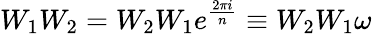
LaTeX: W_{1}W_{2}=W_{2}W_{1}e^{\frac{2\pi i}{n}}\equiv W_{2}W_{1}\omega